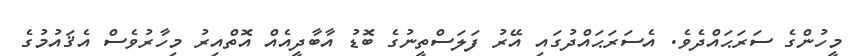
މީހުންގެ ސަރަޙައްދެވެ. އެސަރަޙައްދުގައި އޭރު ފަލަސްތީނުގެ ބޮޑު އާބާދީއެއް އޮތްއިރު މިހާރުވެސް އެޤައުމުގެ